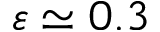
\varepsilon \simeq 0 . 3